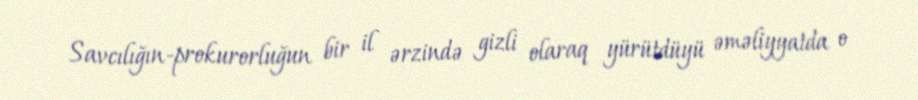
Savcılığın-prokurorluğun bir il ərzində gizli olaraq yürütdüyü əməliyyatda o